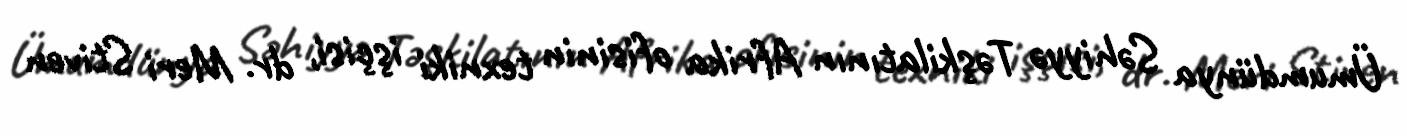
Ümumdünya Səhiyyə Təşkilatının Afrika ofisinin texniki işçisi, dr. Meri Stiven